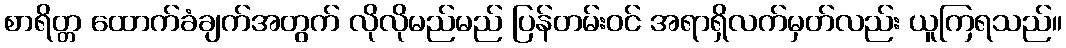
စာရိတ္တ ထောက်ခံချက်အတွက် လိုလိုမည်မည် ပြန်တမ်းဝင် အရာရှိလက်မှတ်လည်း ယူကြရသည်။